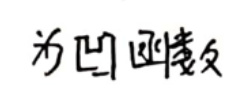
为凹函数